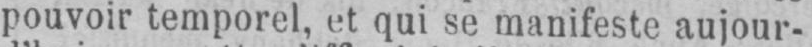
pouvoir temporel, et qui se manifeste aujour-